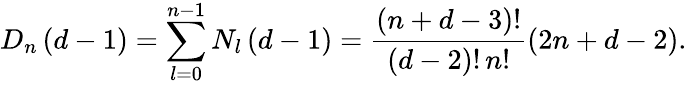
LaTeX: D_{n}\left(d-1\right)=\sum_{l=0}^{n-1}N_{l}\left(d-1\right)=\frac{\left(n+d-3\right)!}{\left(d-2\right)!\, n!}\left(2n+d-2\right).